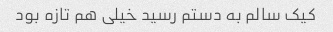
کیک سالم به دستم رسید خیلی هم تازه بود